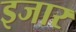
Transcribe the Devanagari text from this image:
इजार